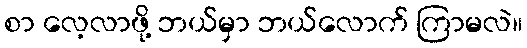
စာ လေ့လာဖို့ ဘယ်မှာ ဘယ်လောက် ကြာမလဲ။